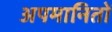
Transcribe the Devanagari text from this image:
अपमानितों